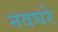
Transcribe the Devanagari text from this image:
नवघरे